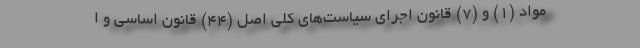
مواد (۱) و (۷) قانون اجرای سیاست‌های کلی اصل (۴۴) قانون اساسی و ا